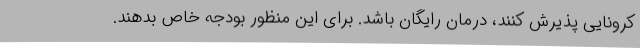
کرونایی پذیرش کنند، درمان رایگان باشد. برای این منظور بودجه خاص بدهند.